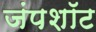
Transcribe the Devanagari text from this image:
जंपशॉट